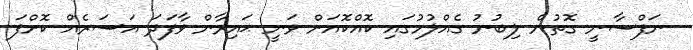
ނަފްސާނީ ގޮތުން ލިބުނު ގެއްލުމުގައި ކޮއްކޮއަށް ވަނީ ޙައިރާން ވާފަދަ އަސަރެއް ކޮށްފަ